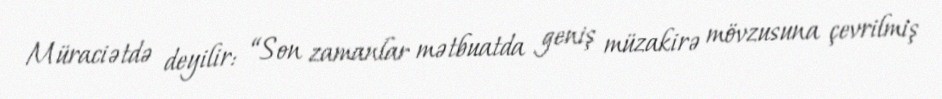
Müraciətdə deyilir: “Son zamanlar mətbuatda geniş müzakirə mövzusuna çevrilmiş